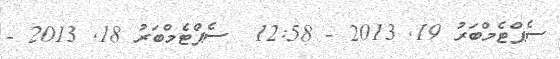
ސެޕްޓެމްބަރު 19